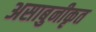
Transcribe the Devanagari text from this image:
असाबुनीकृत